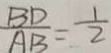
\frac { B D } { A B } = \frac { 1 } { 2 }